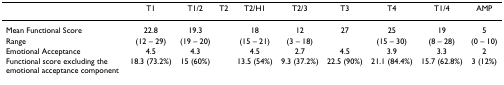
<table><thead><tr><td></td><td><b>T1</b></td><td><b>T1/2</b></td><td><b>T2</b></td><td><b>T2/H1</b></td><td><b>T2/3</b></td><td><b>T3</b></td><td><b>T4</b></td><td><b>T1/4</b></td><td><b>AMP</b></td></tr></thead><tbody><tr><td>Mean Functional Score</td><td>22.8</td><td>19.3</td><td></td><td>18</td><td>12</td><td>27</td><td>25</td><td>19</td><td>5</td></tr><tr><td>Range</td><td>(12 – 29)</td><td>(19 – 20)</td><td></td><td>(15 – 21)</td><td>(3 – 18)</td><td></td><td>(15 – 30)</td><td>(8 – 28)</td><td>(0 – 10)</td></tr><tr><td>Emotional Acceptance</td><td>4.5</td><td>4.3</td><td></td><td>4.5</td><td>2.7</td><td>4.5</td><td>3.9</td><td>3.3</td><td>2</td></tr><tr><td>Functional score excluding the emotional acceptance component</td><td>18.3 (73.2%)</td><td>15 (60%)</td><td></td><td>13.5 (54%)</td><td>9.3 (37.2%)</td><td>22.5 (90%)</td><td>21.1 (84.4%)</td><td>15.7 (62.8%)</td><td>3 (12%)</td></tr></tbody></table>